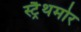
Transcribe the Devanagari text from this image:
स्ट्रैथमोर